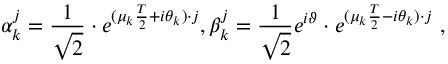
\alpha _ { k } ^ { j } = { \frac { 1 } { \sqrt { 2 } } } \cdot e ^ { ( \mu _ { k } { \frac { T } { 2 } } + i \theta _ { k } ) \cdot j } , \beta _ { k } ^ { j } = { \frac { 1 } { \sqrt { 2 } } } e ^ { i \vartheta } \cdot e ^ { ( \mu _ { k } { \frac { T } { 2 } } - i \theta _ { k } ) \cdot j } \ ,